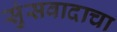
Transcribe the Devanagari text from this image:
सुंसवादाचा